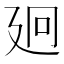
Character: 㢠